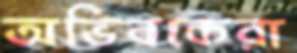
অভিবকেরা